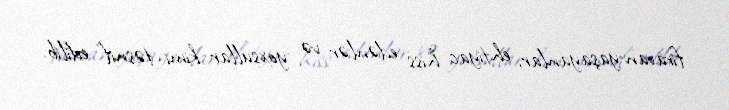
firavan yaşayanlar, ehtiyac hiss edənlər və yoxsullar kimi təsnif edilib.